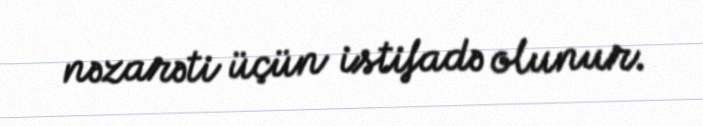
nəzarəti üçün istifadə olunur.